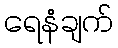
ရေနံချက်